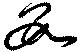
數